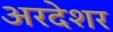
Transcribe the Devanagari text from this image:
अरदेशर